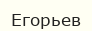
Егорьев